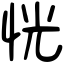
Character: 恍